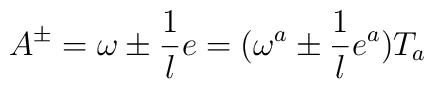
A^\pm=\omega\pm\frac{1}{l}e=(\omega^a\pm\frac{1}{l}e^a)T_a